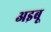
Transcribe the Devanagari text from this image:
अइबू